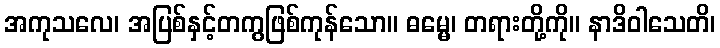
အကုသလေ၊ အပြစ်နှင့်တကွဖြစ်ကုန်သော။ ဓမ္မေ၊ တရားတို့ကို။ နာဒိဝါသေတိ၊